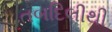
તબદિલીથી